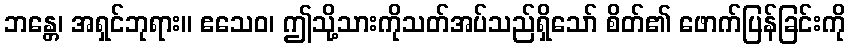
ဘန္တေ၊ အရှင်ဘုရား။ ဧသေဝ၊ ဤသို့သားကိုသတ်အပ်သည်ရှိသော် စိတ်၏ ဖောက်ပြန်ခြင်းကို